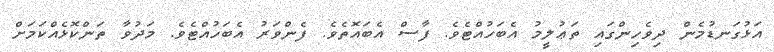
އަޅުގަނޑުމެން ދިވެހިންގައި ތަޢުލީމު އެބަހުއްޓެވެ. ފާސް އެބައޮތެވެ. ފެންވަރު އެބަހުއްޓެވެ. މަދުވާ ތަންކޮޅެއްކަމަށް